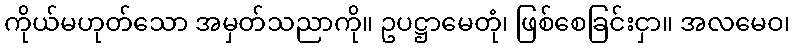
ကိုယ်မဟုတ်သော အမှတ်သညာကို။ ဥပဋ္ဌာမေတုံ၊ ဖြစ်စေခြင်းငှာ။ အလမေဝ၊